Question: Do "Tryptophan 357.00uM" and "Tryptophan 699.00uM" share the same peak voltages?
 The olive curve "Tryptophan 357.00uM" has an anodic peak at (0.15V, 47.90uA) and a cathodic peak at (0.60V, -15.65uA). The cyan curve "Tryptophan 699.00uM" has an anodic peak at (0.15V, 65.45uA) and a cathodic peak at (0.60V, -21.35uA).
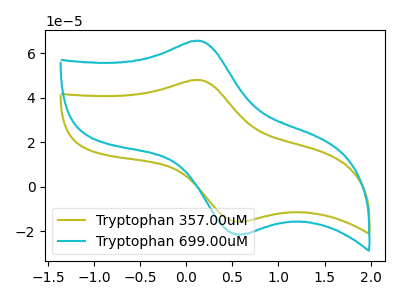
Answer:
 <answer>Yes, "Tryptophan 357.00uM" have a peak in "Tryptophan 699.00uM" at the same potential.</answer>
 <eval>match</eval>